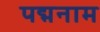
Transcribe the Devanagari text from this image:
पद्मनाम